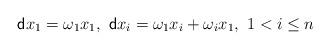
LaTeX: \begin{align*}{\sf d}x_1 = \omega_{1}x_1, ~{\sf d}x_i = \omega_{1}x_i + \omega_{i}x_1, ~ 1<i \leq n\end{align*}